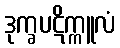
ဒုက္ခပဋိက္ကူလံ